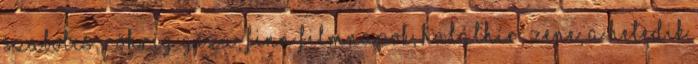
Szabolcs, Röhrig Géza, finn filmnapok, halálhír, zene, A hetedik